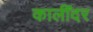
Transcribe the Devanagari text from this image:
कालींदर